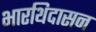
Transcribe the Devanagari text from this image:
भारथिदासन